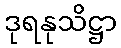
ဒုရနုသိဋ္ဌာ